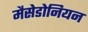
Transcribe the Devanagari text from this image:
मैसेडोनियन